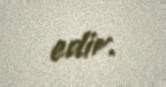
edir.